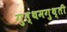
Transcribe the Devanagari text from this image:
गुत्थमगुथ्ती